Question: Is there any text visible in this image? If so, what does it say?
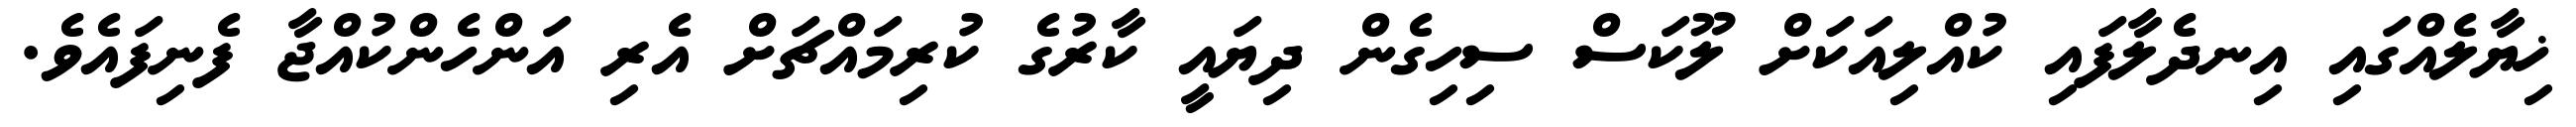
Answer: ޚިޔާލެއްގައި އިނދެލާފައި ކުއްލިއަކަށް ލޫކަސް ސިހިގެން ދިޔައީ ކާރުގެ ކުރިމައްޗަށް އެރި އަންހެންކުއްޖާ ފެނިފައެވެ.